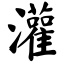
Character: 灌